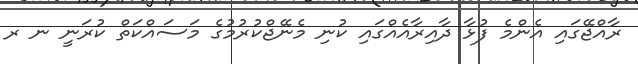
ރާއްޖޭގައި އެންމެ ފުޅާ ދާއިރާއެއްގައި ކުނި މެނޭޖްކުރުމުގެ މަސައްކަތް ކުރަނީ ނ ރ